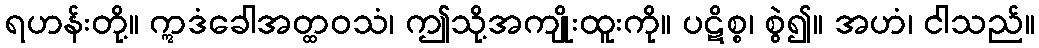
ရဟန်းတို့။ ဣဒံခေါအတ္ထဝသံ၊ ဤသို့အကျိုးထူးကို။ ပဋိစ္စ၊ စွဲ၍။ အဟံ၊ ငါသည်။